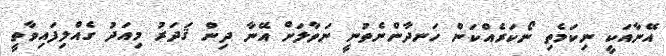
އޭނާއަކީ ނިކަމެތި ނޯކަރެއްކަން ހަނދާންނެތުނީ ނަވާލަށް އޭނާ ދިން ޤަދަރު މިއަދު ގެއްލިފައިވާތީ